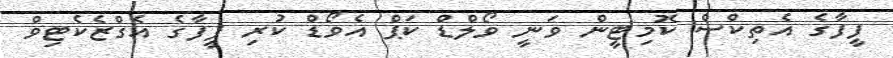
ފީފާގެ އެތިކްސް ކޮމިޓީން ވަނީ ވޯލްޑް ކަޕް އެވޯޑް ކުރި ފީފާގެ އެގްޒެކެޓިވް